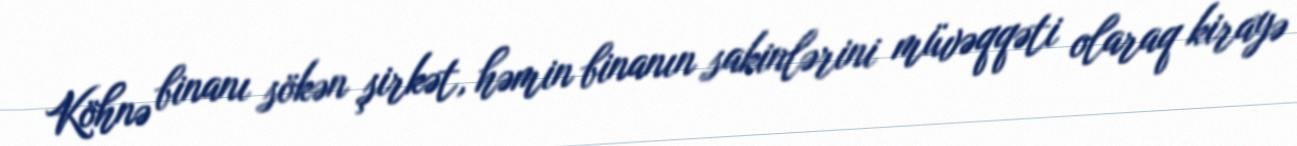
Köhnə binanı sökən şirkət, həmin binanın sakinlərini müvəqqəti olaraq kirayə